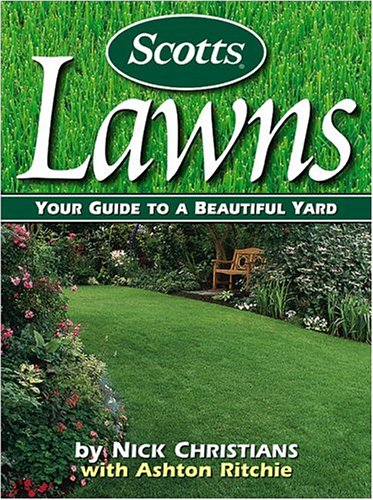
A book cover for Scotts Lawns: Your Guide to a Beautiful Yard; Nick Christians; Crafts, Hobbies & Home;